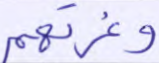
وغرتهم